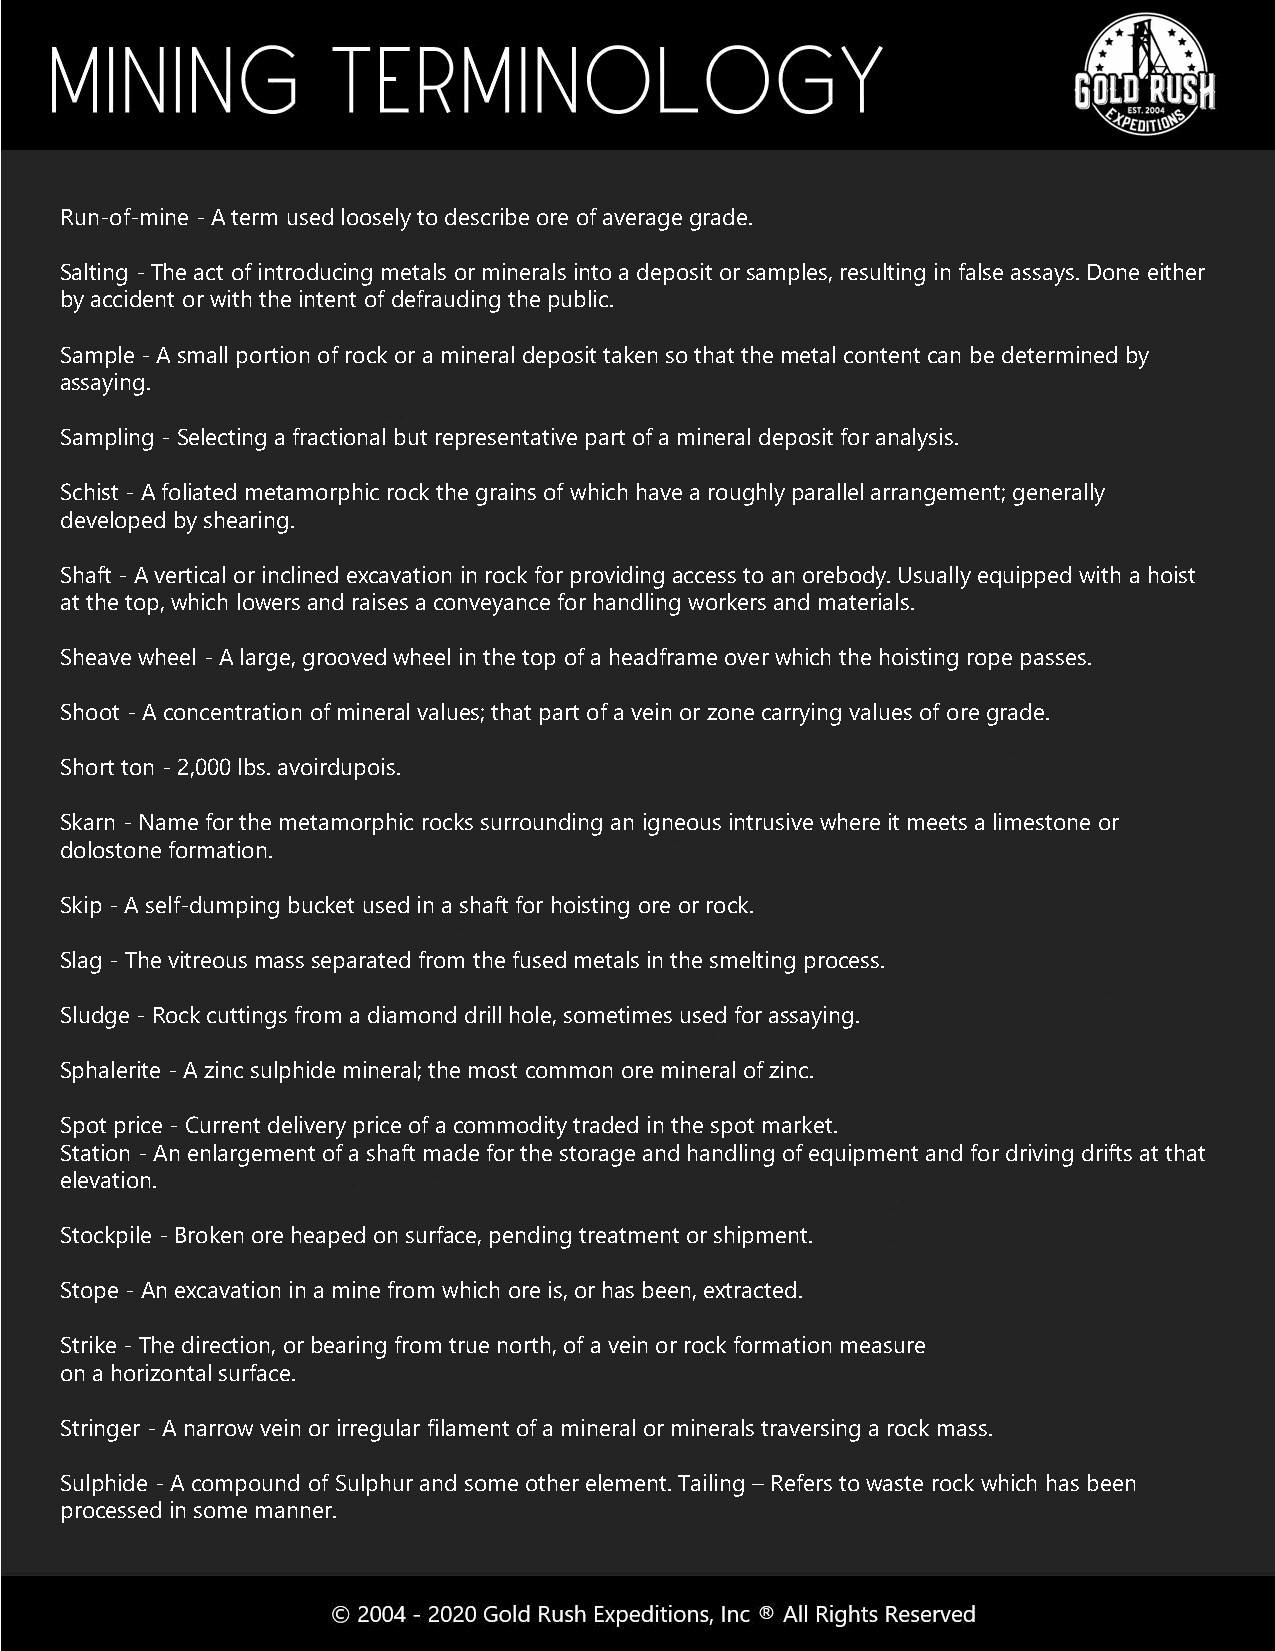
Run-of-mine -A term used loosely to describe ore of average grade.
 Salting - The act of introducing metals or minerals into a deposit or samples, resulting in false assays. Done either
 by accident or with the intent of defrauding the public.
 Sample -A small portion of rock or a mineral deposit taken so that the metal content can be determined by
 assaying.
 Sampling - Selecting a fractional but representative part of a mineral deposit for analysis.
 Schist - A foliated metamorphic rock the grains of which have a roughly parallel arrangement; generally
 developed by shearing.
 Shaft - A vertical or inclined excavation in rock for providing access to an orebody. Usually equipped with a hoist
 at the top, which lowers and raises a conveyance for handling workers and materials.
 Sheave wheel -A large, grooved wheel in the top of a headframe over which the hoisting rope passes.
 Shoot -A concentration of mineral values; that part of a vein or zone carrying values of ore grade.
 Short ton - 2,000 lbs. avoirdupois.
 Skarn -Name for the metamorphic rocks surrounding an igneous intrusive where it meets a limestone or
 dolostone formation.
 Skip -A self-dumping bucket used in a shaft for hoisting ore or rock.
 Slag -The vitreous mass separated from the fused metals in the smelting process.
 Sludge - Rock cuttings from a diamond drill hole, sometimes used for assaying.
 Sphalerite - A zinc sulphidemineral; the most common ore mineral of zinc.
 Spot price - Current delivery price of a commodity traded in the spot market.
 Station - An enlargement of a shaft made for the storage and handling of equipment and for driving drifts at that
 elevation.
 Stockpile -Broken ore heaped on surface, pending treatment or shipment.
 Stope - An excavation in a mine from which ore is, or has been, extracted.
 Strike - The direction, or bearing from true north, of a vein or rock formation measure
 on a horizontal surface.
 Stringer -A narrow vein or irregular filament of a mineral or minerals traversing a rock mass.
 Sulphide- A compound of Sulphur and some other element. Tailing – Refers to waste rock which has been
 processed in some manner.